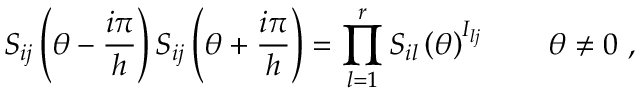
S _ { i j } \left( \theta - \frac { i \pi } { h } \right) S _ { i j } \left( \theta + \frac { i \pi } { h } \right) = \prod _ { l = 1 } ^ { r } S _ { i l } \left( \theta \right) ^ { I _ { l j } } \qquad \theta \neq 0 \, \, ,